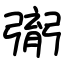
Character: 㣃